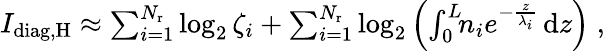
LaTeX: \begin{array}{r}{I_{\mathrm{diag,H}}\approx\sum_{i=1}^{{N_{\mathrm{r}}}}\log_{2}\zeta_{i}+\sum_{i=1}^{{N_{\mathrm{r}}}}\log_{2}\left(\int_{0}^{L}\! \! n_{i}e^{-\frac{z}{\lambda_{i}}}\, \mathrm{d}z\right)\; ,}\end{array}